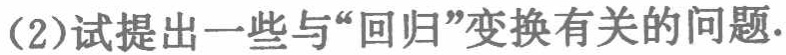
(2)试提出一些与“回归”变换有关的问题.